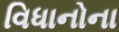
વિધાનોના